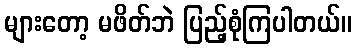
များတော့ မဖိတ်ဘဲ ပြည့်စုံကြပါတယ်။